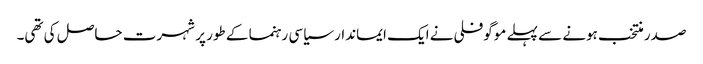
صدر منتخب ہونے سے پہلے موگوفلی نے ایک ایماندار سیاسی رہنما کے طور پر شہرت حاصل کی تھی۔